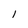
Character: 1